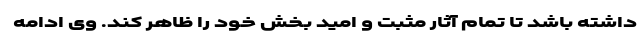
داشته باشد تا تمام آثار مثبت و امید بخش خود را ظاهر کند. وی ادامه